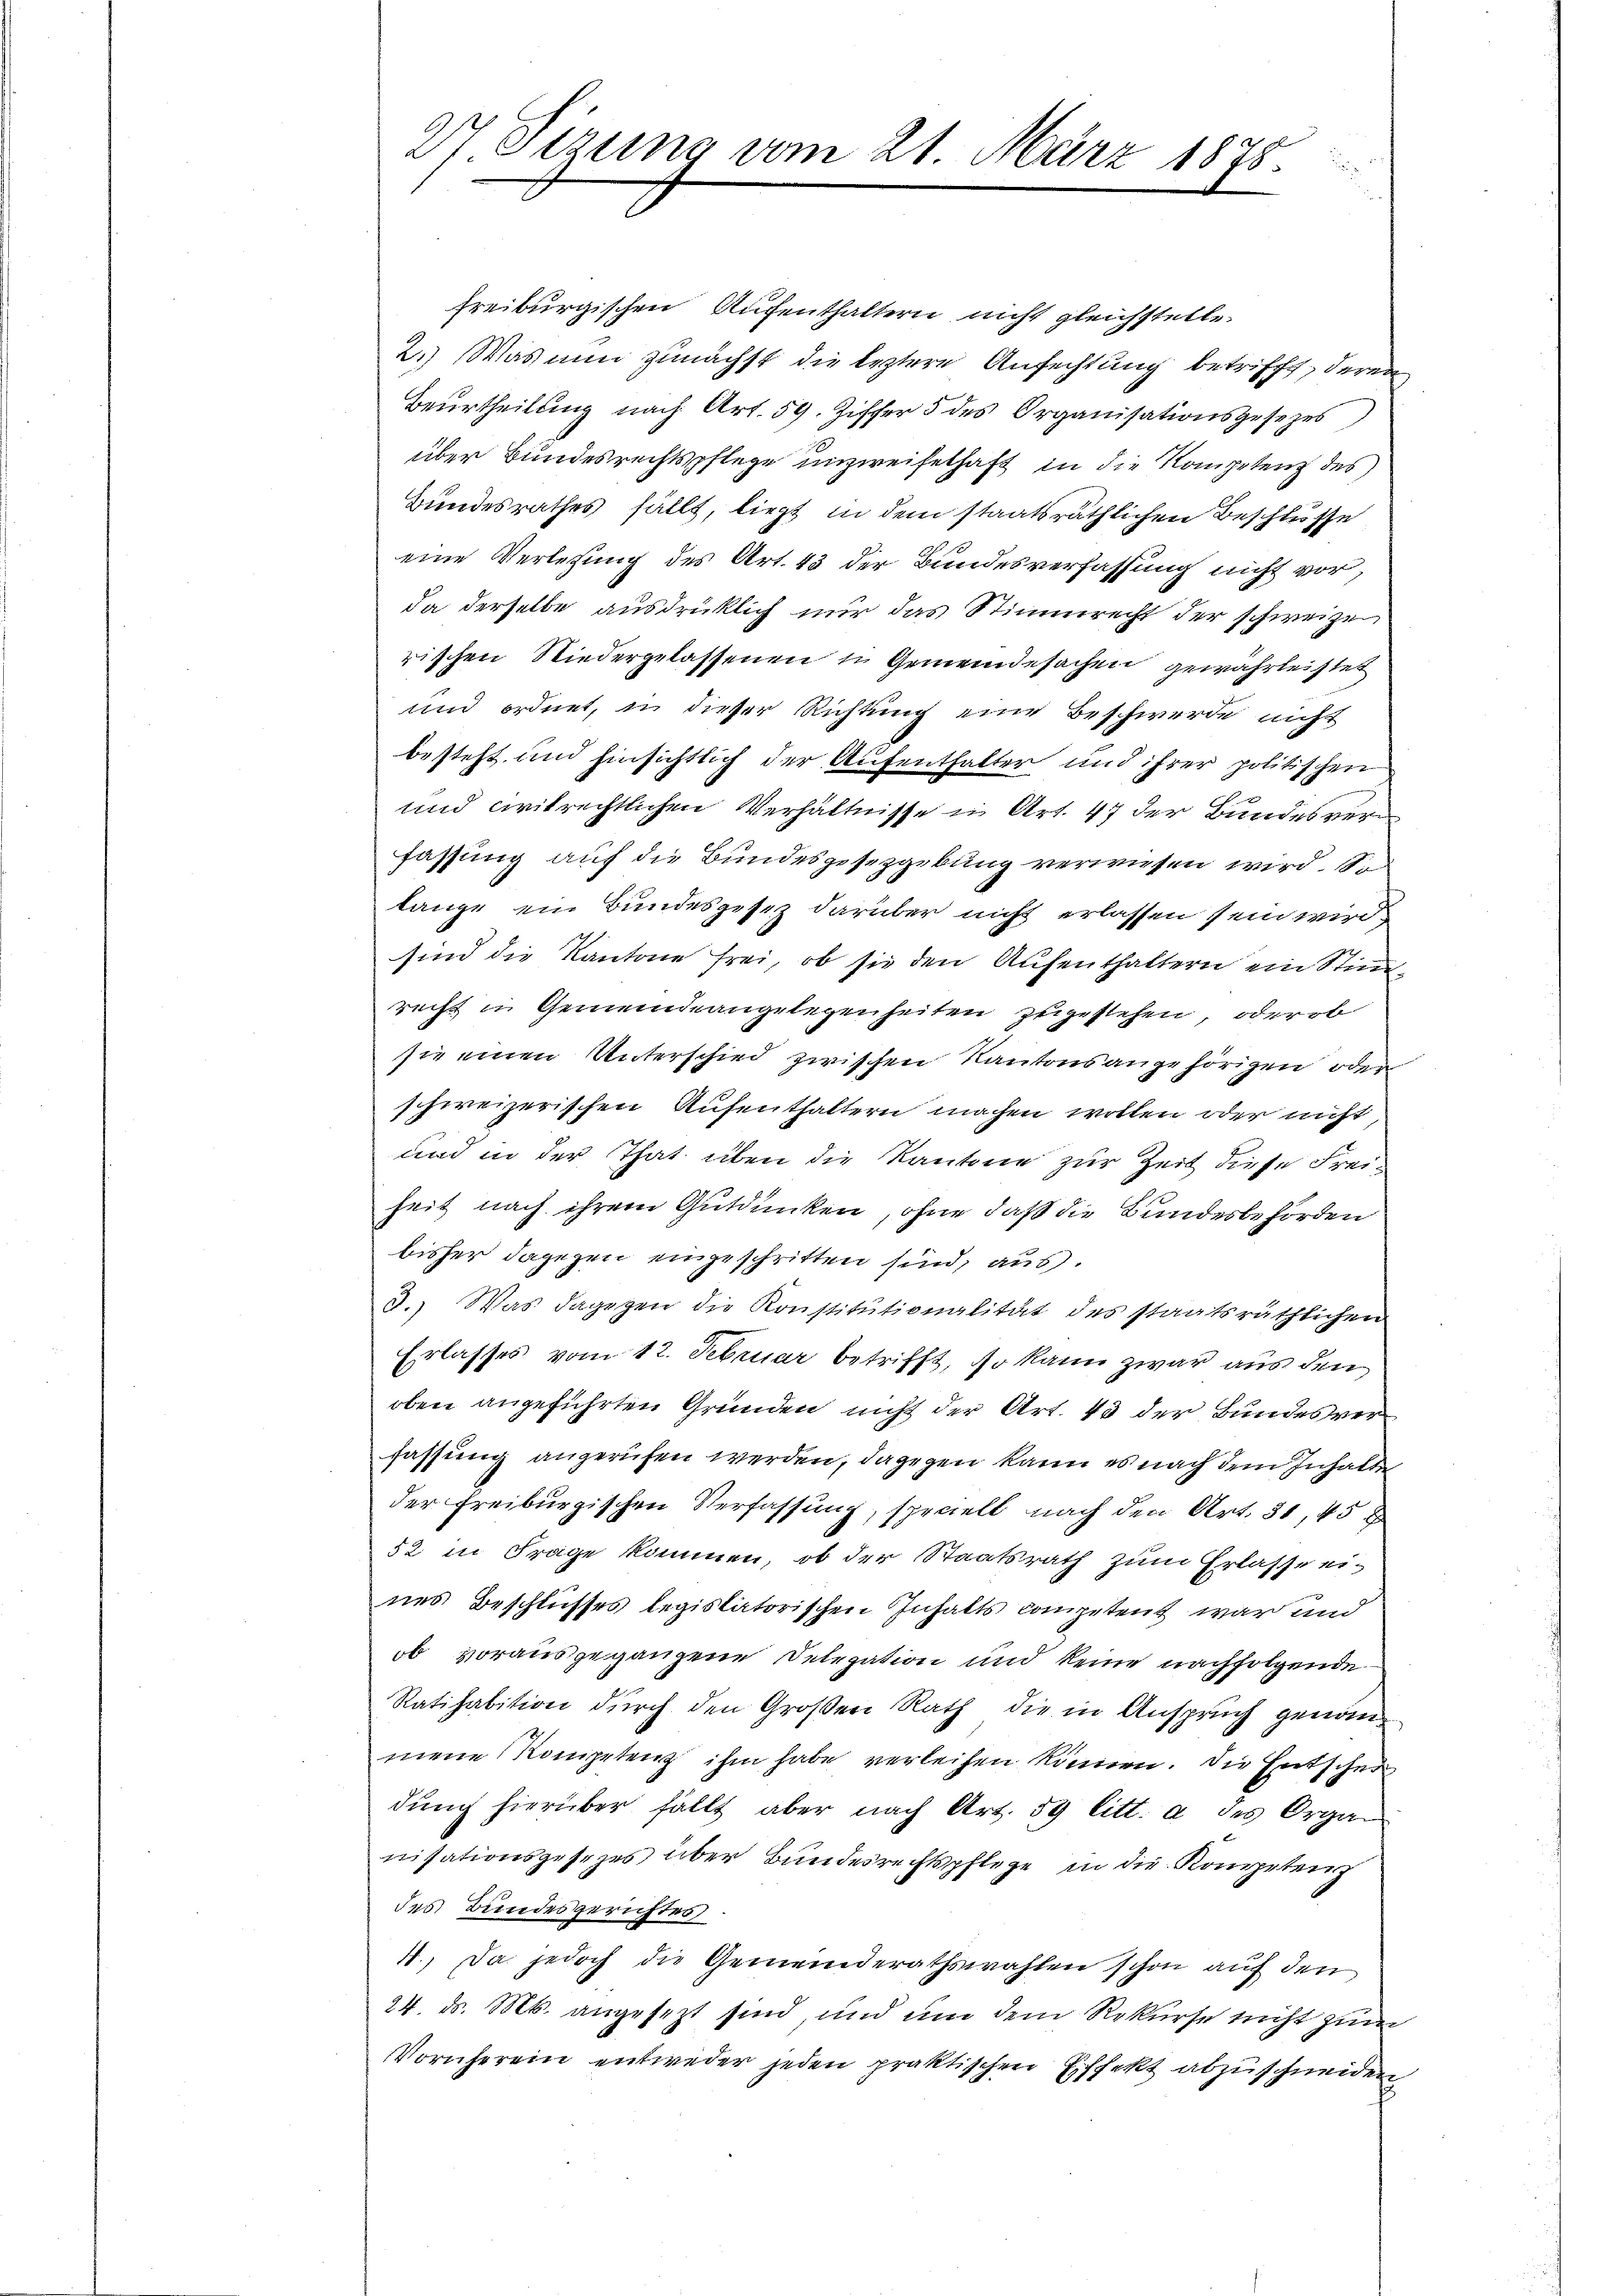
27. Sizung vom 21. März 1875.

freiburgischen Aufenthaltern nicht gleichstelle
2.) Was nun zunächst die leztere Anfechtung betrifft, deren
Beurtheilung nach Art. 59. Ziffer 5 des Organisationsgesezes
über Bundesrechtspflege unzweifelhaft in die Kompetenz des
Bundesrathes fällt, liegt in dem staatsräthlichen Beschlüsse
eine Verlesung des Art. 43 der Bundesverfassung nicht vor,
da derselbe ausdrücklich nur das Stimmrecht der schweize
rischen Niedergelassenen in Gemeindesachen gewahrleistet
und ordnet, in dieser Richtung eine Beschwerde nicht
besteht, und hinsichtlich der Aufenthalter und ihrer politischen
und civitrechtlichen Verhältnisse in Art. 47 der Bundesverfassung auf die Bundesgesetzgebung verwiesen wird. So
tange ein Bundesgesez darüber nicht erlassen sein wird,
sind die Kantone frei, ob sie den Aufenthaltern ein Stim
recht in Gemeindeangelegenheiten zugestehen, oder ob
sie einen Unterschied zwischen Kantonsangehörigen oder
schweizerischen Aufenthaltern machen wollen oder nicht,
und in der That üben die Kantone zur Zeit diese Freiheit nach ihrem Gutdünken, ohne daß die Bundesbehörden
bisher dagegen eingeschritten sind, aus.
3.) Was dagegen die Konstitutionalität des staatsräthlichen
Erlasses vom 12. Februar betrifft, so kann zwar aus den
oben angeführten Gründen nicht der Art. 43 der Bundesverfassung angerufen werden, dagegen kann es nach dem Inhalde
der Freiburgischen Verfassung, speciell nach den Art. 31, 45 x
52 in Frage kommen, ob der Staatsrath zum Erlasse eines Beschlusses legislatorischen Inhalts competent war und
ob vorausgegangene Delegation und keine nachfolgende
Ratihabition durch den Großen Rath die in Anspruch genom
mene Kompetenz ihm habe verleihen können. Die Entschei
dung hierüber fällt aber nach Art. 59 litt. a des Organ
nisationsgesezes über Bundesrechtspflege in die Kompetenz
des Bundesgerichtes
4., Da jedoch die Gemeinderathswahlen schon auf den
24. d. Mts. angesezt sind, und um dem Rekurse nicht zum
Vornherein entweder jeden praktischen Effekt abzuschneiden